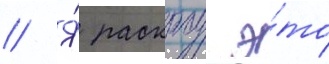
// Я́ раскроу э́то